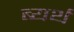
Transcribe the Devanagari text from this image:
ब्यर्थ